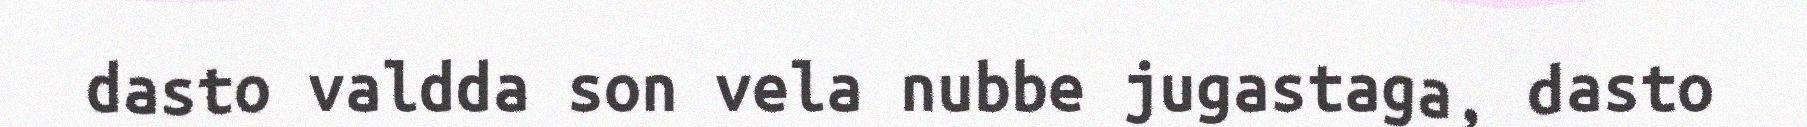
dasto valdda son vela nubbe jugastaga, dasto